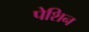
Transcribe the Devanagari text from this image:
पेशिन